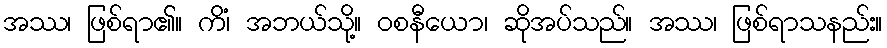
အဿ၊ ဖြစ်ရာ၏။ ကိံ၊ အဘယ်သို့။ ဝစနီယော၊ ဆိုအပ်သည်။ အဿ၊ ဖြစ်ရာသနည်း။